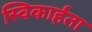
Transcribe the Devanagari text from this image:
स्विकार्हता